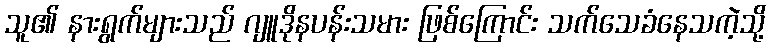
သူ၏ နားရွက်များသည် ဂျူဒိုနပန်းသမား ဖြစ်ကြောင်း သက်သေခံနေသကဲ့သို့